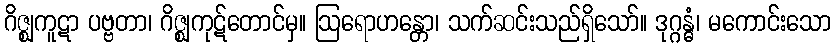
ဂိဇ္ဈကူဋာ ပဗ္ဗတာ၊ ဂိဇ္ဈကုဋ်တောင်မှ။ ဩရောဟန္တော၊ သက်ဆင်းသည်ရှိသော်။ ဒုဂ္ဂန္ဓံ၊ မကောင်းသော